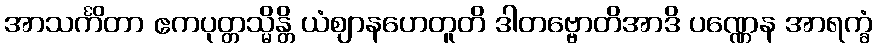
အာသင်္ကိတာ ဧကပုတ္တသ္မိန္တိ ယံဈာနဟေတူတိ ဒါတဗ္ဗောတိအာဒိ ပဏ္ဏေန အာရက္ခံ